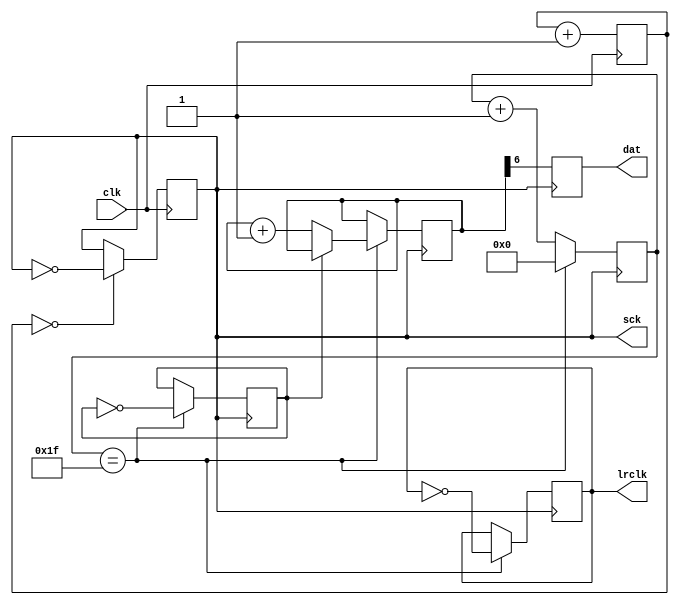
module i2s_tx(
	input	clk,
	output	sck,
	output	lrclk,
	output	dat
);

parameter BITS_PER_CHANNEL = 32;
parameter PERIOD = 6;

reg [$clog2(BITS_PER_CHANNEL):0] counter = 0;
reg channel = 0;
reg [PERIOD:0] period = 0;

reg sck;
reg lrclk;
reg dat;

reg [2:0] clk_dff;

// SCK generation
always @(posedge clk) begin
	clk_dff <= clk_dff + 1;
	if(clk_dff == 0) begin
		sck <= ~sck;
	end
end

// LRCLK and DAT generation
always @(negedge sck) begin
	if (counter == (BITS_PER_CHANNEL-1)) begin
		lrclk <= ~lrclk;
		counter <= 0;
		channel <= ~channel;
		if (channel == 0) begin
			period <= period + 1;
		end
	end else begin
		counter <= counter + 1;
	end
	dat <= period[PERIOD];
end

endmodule